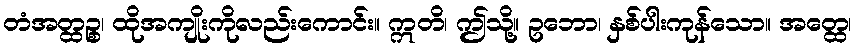
တံအတ္ထဉ္စ၊ ထိုအကျိုးကိုလည်းကောင်း။ ဣတိ၊ ဤသို့။ ဥဘော၊ နှစ်ပါးကုန်သော။ အတ္ထေ၊